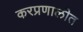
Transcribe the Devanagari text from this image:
करप्रणालीत